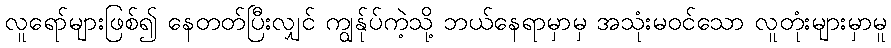
လူရော်များဖြစ်၍ နေတတ်ပြီးလျှင် ကျွန်ုပ်ကဲ့သို့ ဘယ်နေရာမှာမှ အသုံးမဝင်သော လူတုံးများမှာမူ